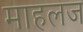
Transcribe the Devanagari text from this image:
माहलज